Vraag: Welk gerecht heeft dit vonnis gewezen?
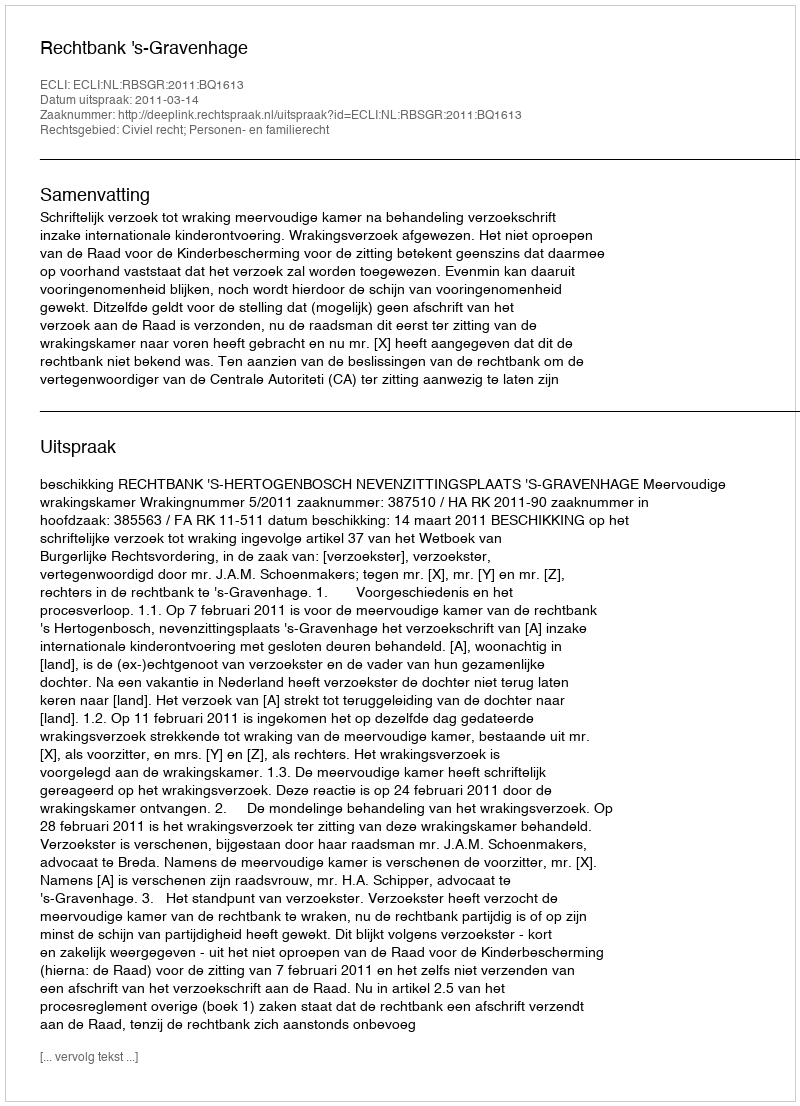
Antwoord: Rechtbank 's-Gravenhage